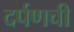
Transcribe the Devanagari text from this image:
दर्पणची